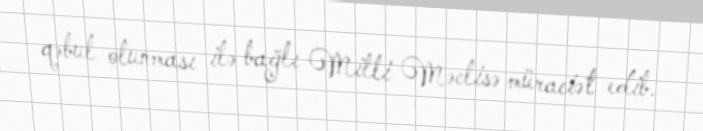
qəbul olunması ilə bağlı Milli Məclisə müraciət edib.